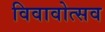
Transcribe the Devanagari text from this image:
विवावोत्सव